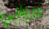
صوابي